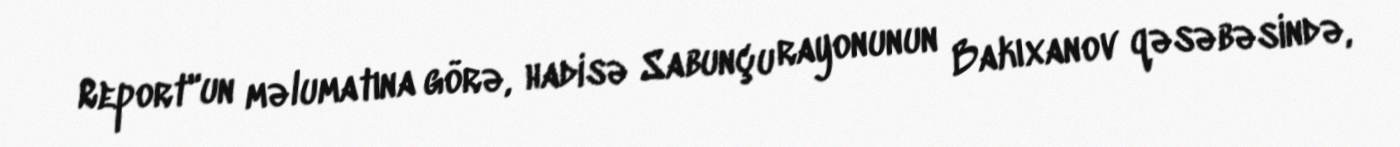
Report"un məlumatına görə, hadisə Sabunçu rayonunun Bakıxanov qəsəbəsində,